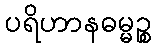
ပရိဟာနဓမ္မဉ္စ